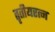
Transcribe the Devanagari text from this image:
तृतीयरत्न